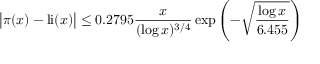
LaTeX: { \big | } \pi ( x ) - \operatorname { l i } ( x ) { \big | } \leq 0 . 2 7 9 5 { \frac { x } { ( \log x ) ^ { 3 / 4 } } } \exp \left( - { \sqrt { \frac { \log x } { 6 . 4 5 5 } } } \right)